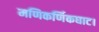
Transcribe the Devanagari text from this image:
मणिकर्णिकघाट।